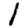
Digit: 1